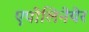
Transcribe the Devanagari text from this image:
एपोलिनेयेर